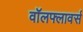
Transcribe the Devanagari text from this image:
वॉलफ्लावर्स